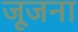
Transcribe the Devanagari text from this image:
जूजना